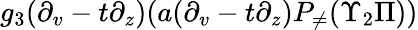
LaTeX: g_{3}(\partial_{v}-t\partial_{z})(a(\partial_{v}-t\partial_{z})P_{\neq}(\Upsilon_{2}\Pi))